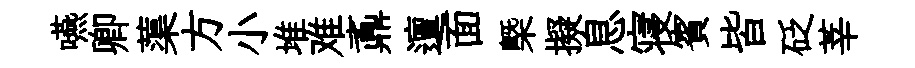
嚥卿蕖方小堆难鼒邅面槩擬息寝賓皆砭莘